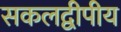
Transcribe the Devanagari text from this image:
सकलद्वीपीय